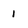
Character: 1